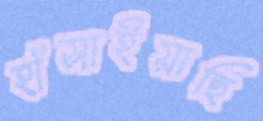
হাঁসাইয়াছি